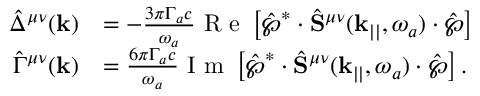
\begin{array} { r l } { \hat { \Delta } ^ { \mu \nu } ( \mathbf { k } ) } & { = - \frac { 3 \pi \Gamma _ { a } c } { \omega _ { a } } \textrm { R e } \left[ \hat { \boldsymbol { \wp } } ^ { * } \cdot \hat { \mathbf { S } } ^ { \mu \nu } ( \mathbf { k } _ { | | } , \omega _ { a } ) \cdot \hat { \boldsymbol { \wp } } \right] } \\ { \hat { \Gamma } ^ { \mu \nu } ( \mathbf { k } ) } & { = \frac { 6 \pi \Gamma _ { a } c } { \omega _ { a } } \textrm { I m } \left[ \hat { \boldsymbol { \wp } } ^ { * } \cdot \hat { \mathbf { S } } ^ { \mu \nu } ( \mathbf { k } _ { | | } , \omega _ { a } ) \cdot \hat { \boldsymbol { \wp } } \right] . } \end{array}